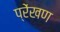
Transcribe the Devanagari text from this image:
प्रेंखण